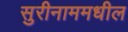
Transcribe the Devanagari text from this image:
सुरीनाममधील